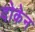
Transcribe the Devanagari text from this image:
दोकेन